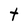
Character: t